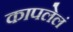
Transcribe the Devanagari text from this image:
कापलेलं